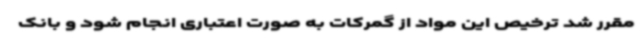
مقرر شد ترخیص این مواد از گمرکات به صورت اعتباری انجام شود و بانک